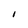
Character: I